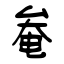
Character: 奙